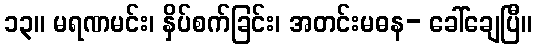
၁၃။ မရဏမင်း၊ နှိပ်စက်ခြင်း၊ အတင်းမဓန- ခေါ်ချေပြီ။